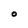
Character: O